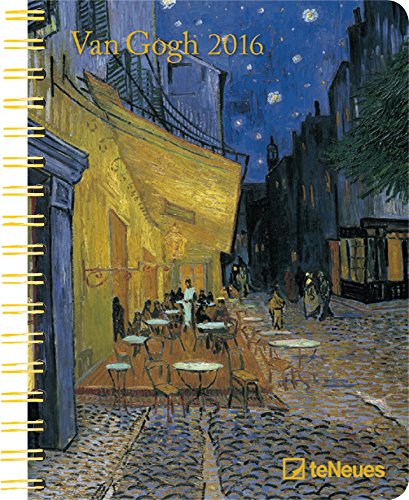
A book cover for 2016 Vincent van Gogh Deluxe Engagement Calendar; Calendars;